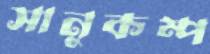
সানুকম্প